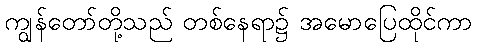
ကျွန်တော်တို့သည် တစ်နေရာ၌ အမောပြေထိုင်ကာ